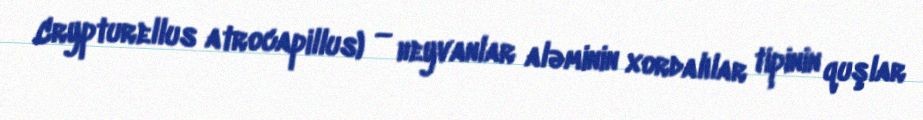
Crypturellus atrocapillus) — heyvanlar aləminin xordalılar tipinin quşlar